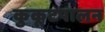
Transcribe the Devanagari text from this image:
कुकूटपालन